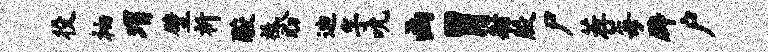
役袖瑁壁祈酸祗盼迪孚吮函胃射殷尸荐每辟户